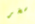
سخر